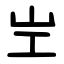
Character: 㞬